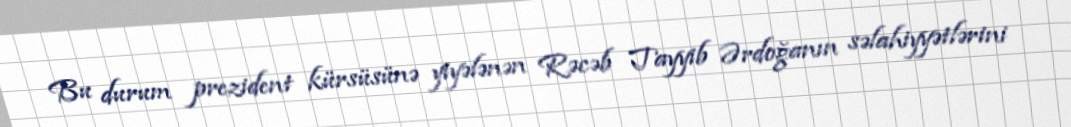
Bu durum prezident kürsüsünə yiyələnən Rəcəb Tayyib Ərdoğanın səlahiyyətlərini